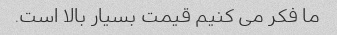
ما فکر می کنیم قیمت بسیار بالا است.